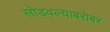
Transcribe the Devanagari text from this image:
सोडवल्याबरोबर